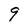
Character: 9